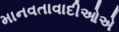
માનવતાવાદીઓએ